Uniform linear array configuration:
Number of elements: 32
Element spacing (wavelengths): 0.25
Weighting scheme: uniform
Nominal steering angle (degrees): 0
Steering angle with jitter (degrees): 0.9383
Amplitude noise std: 0.05
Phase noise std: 0.05

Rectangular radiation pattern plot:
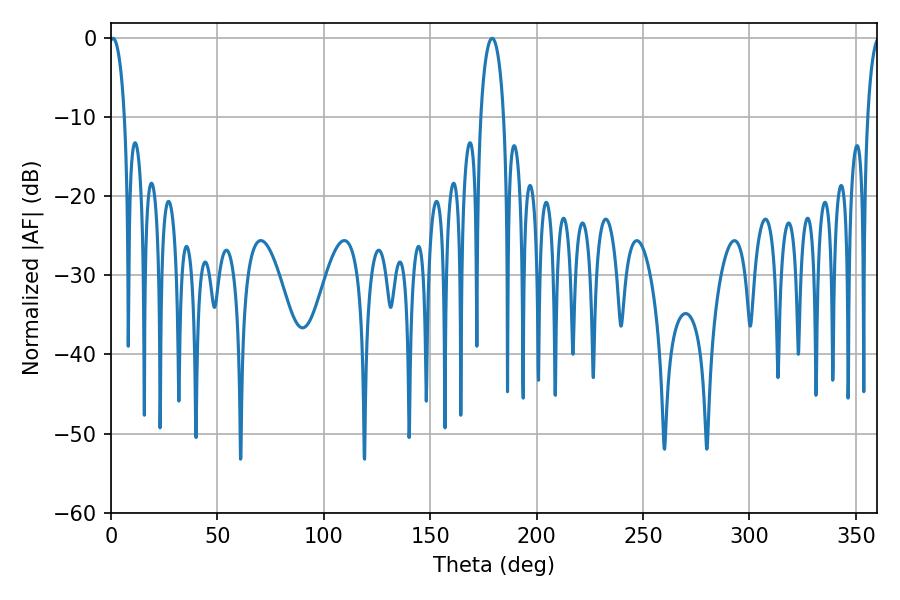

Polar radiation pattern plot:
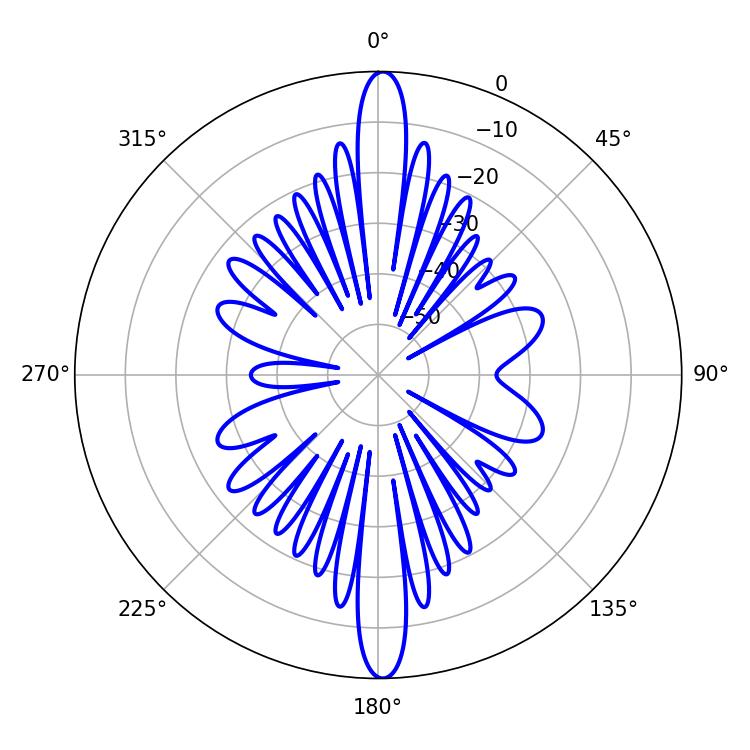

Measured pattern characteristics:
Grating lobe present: FALSE
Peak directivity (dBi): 27.813
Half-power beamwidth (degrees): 3.96
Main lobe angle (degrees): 0.9